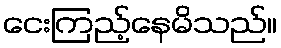
ငေးကြည့်နေမိသည်။